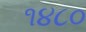
૧૪૮૦